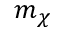
m _ { \chi }